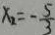
x _ { 2 } = - \frac { 5 } { 3 }